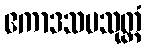
ဧကာဒသမသုတ္တံ